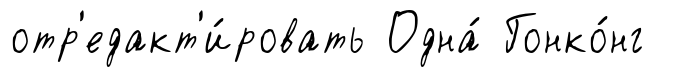
отр'едакт'и́ровать Одна́ Гонко́нг